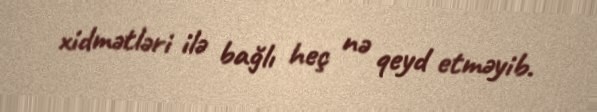
xidmətləri ilə bağlı heç nə qeyd etməyib.